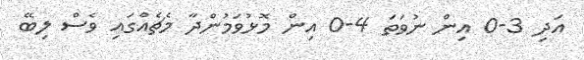
އަދި 3-0 އިން ނުވަތަ 4-0 އިން މޮޅުވަމުންދާ މެޗެއްގައި ވެސް ލިބޭ